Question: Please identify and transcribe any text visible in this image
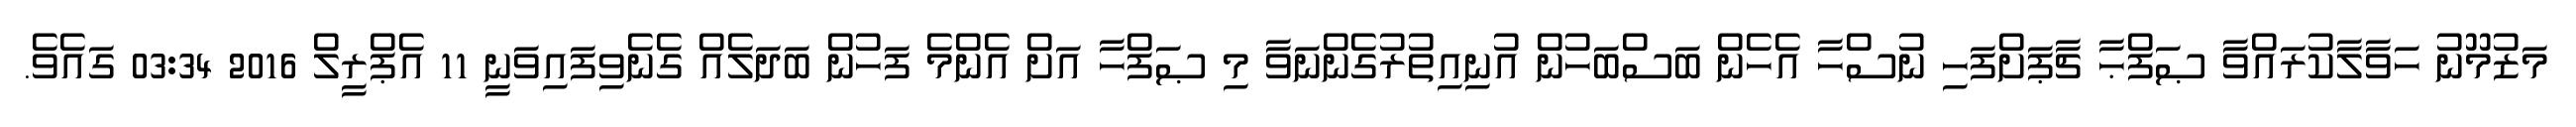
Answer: މަޒުމޫނު ހަވާލާކުރައްވާ ޞަފްޙާ ޗާޕަށްފަހި ނުސްހާ އެހެން ބަސްބަހުން އުނިއިތުރުގެންނަވާ މި ޞަފްހާ އަށް އެންމެ ފަހުން ބަދަލެއް ގެނެވިފައިވަނީ 11 އެޕްރީލް 2016 03:34 ގައެވެ.